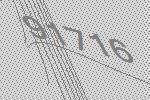
91716